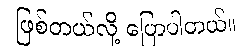
ဖြစ်တယ်လို့ ပြောပါတယ်။